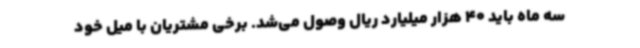
سه ماه باید 40 هزار میلیارد ریال وصول می‌شد. برخی مشتریان با میل خود